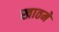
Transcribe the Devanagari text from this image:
खातमे